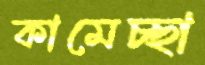
কামেচ্ছা